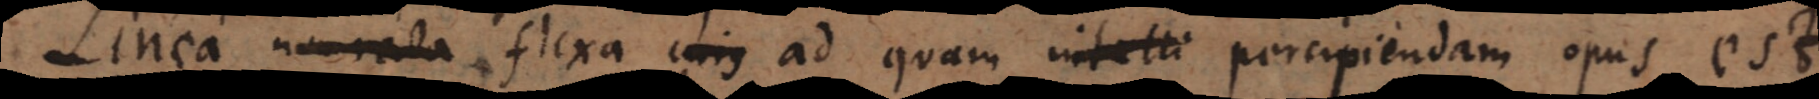
Linea non recta flexa cujus ad quam intelli percipiendam opus est